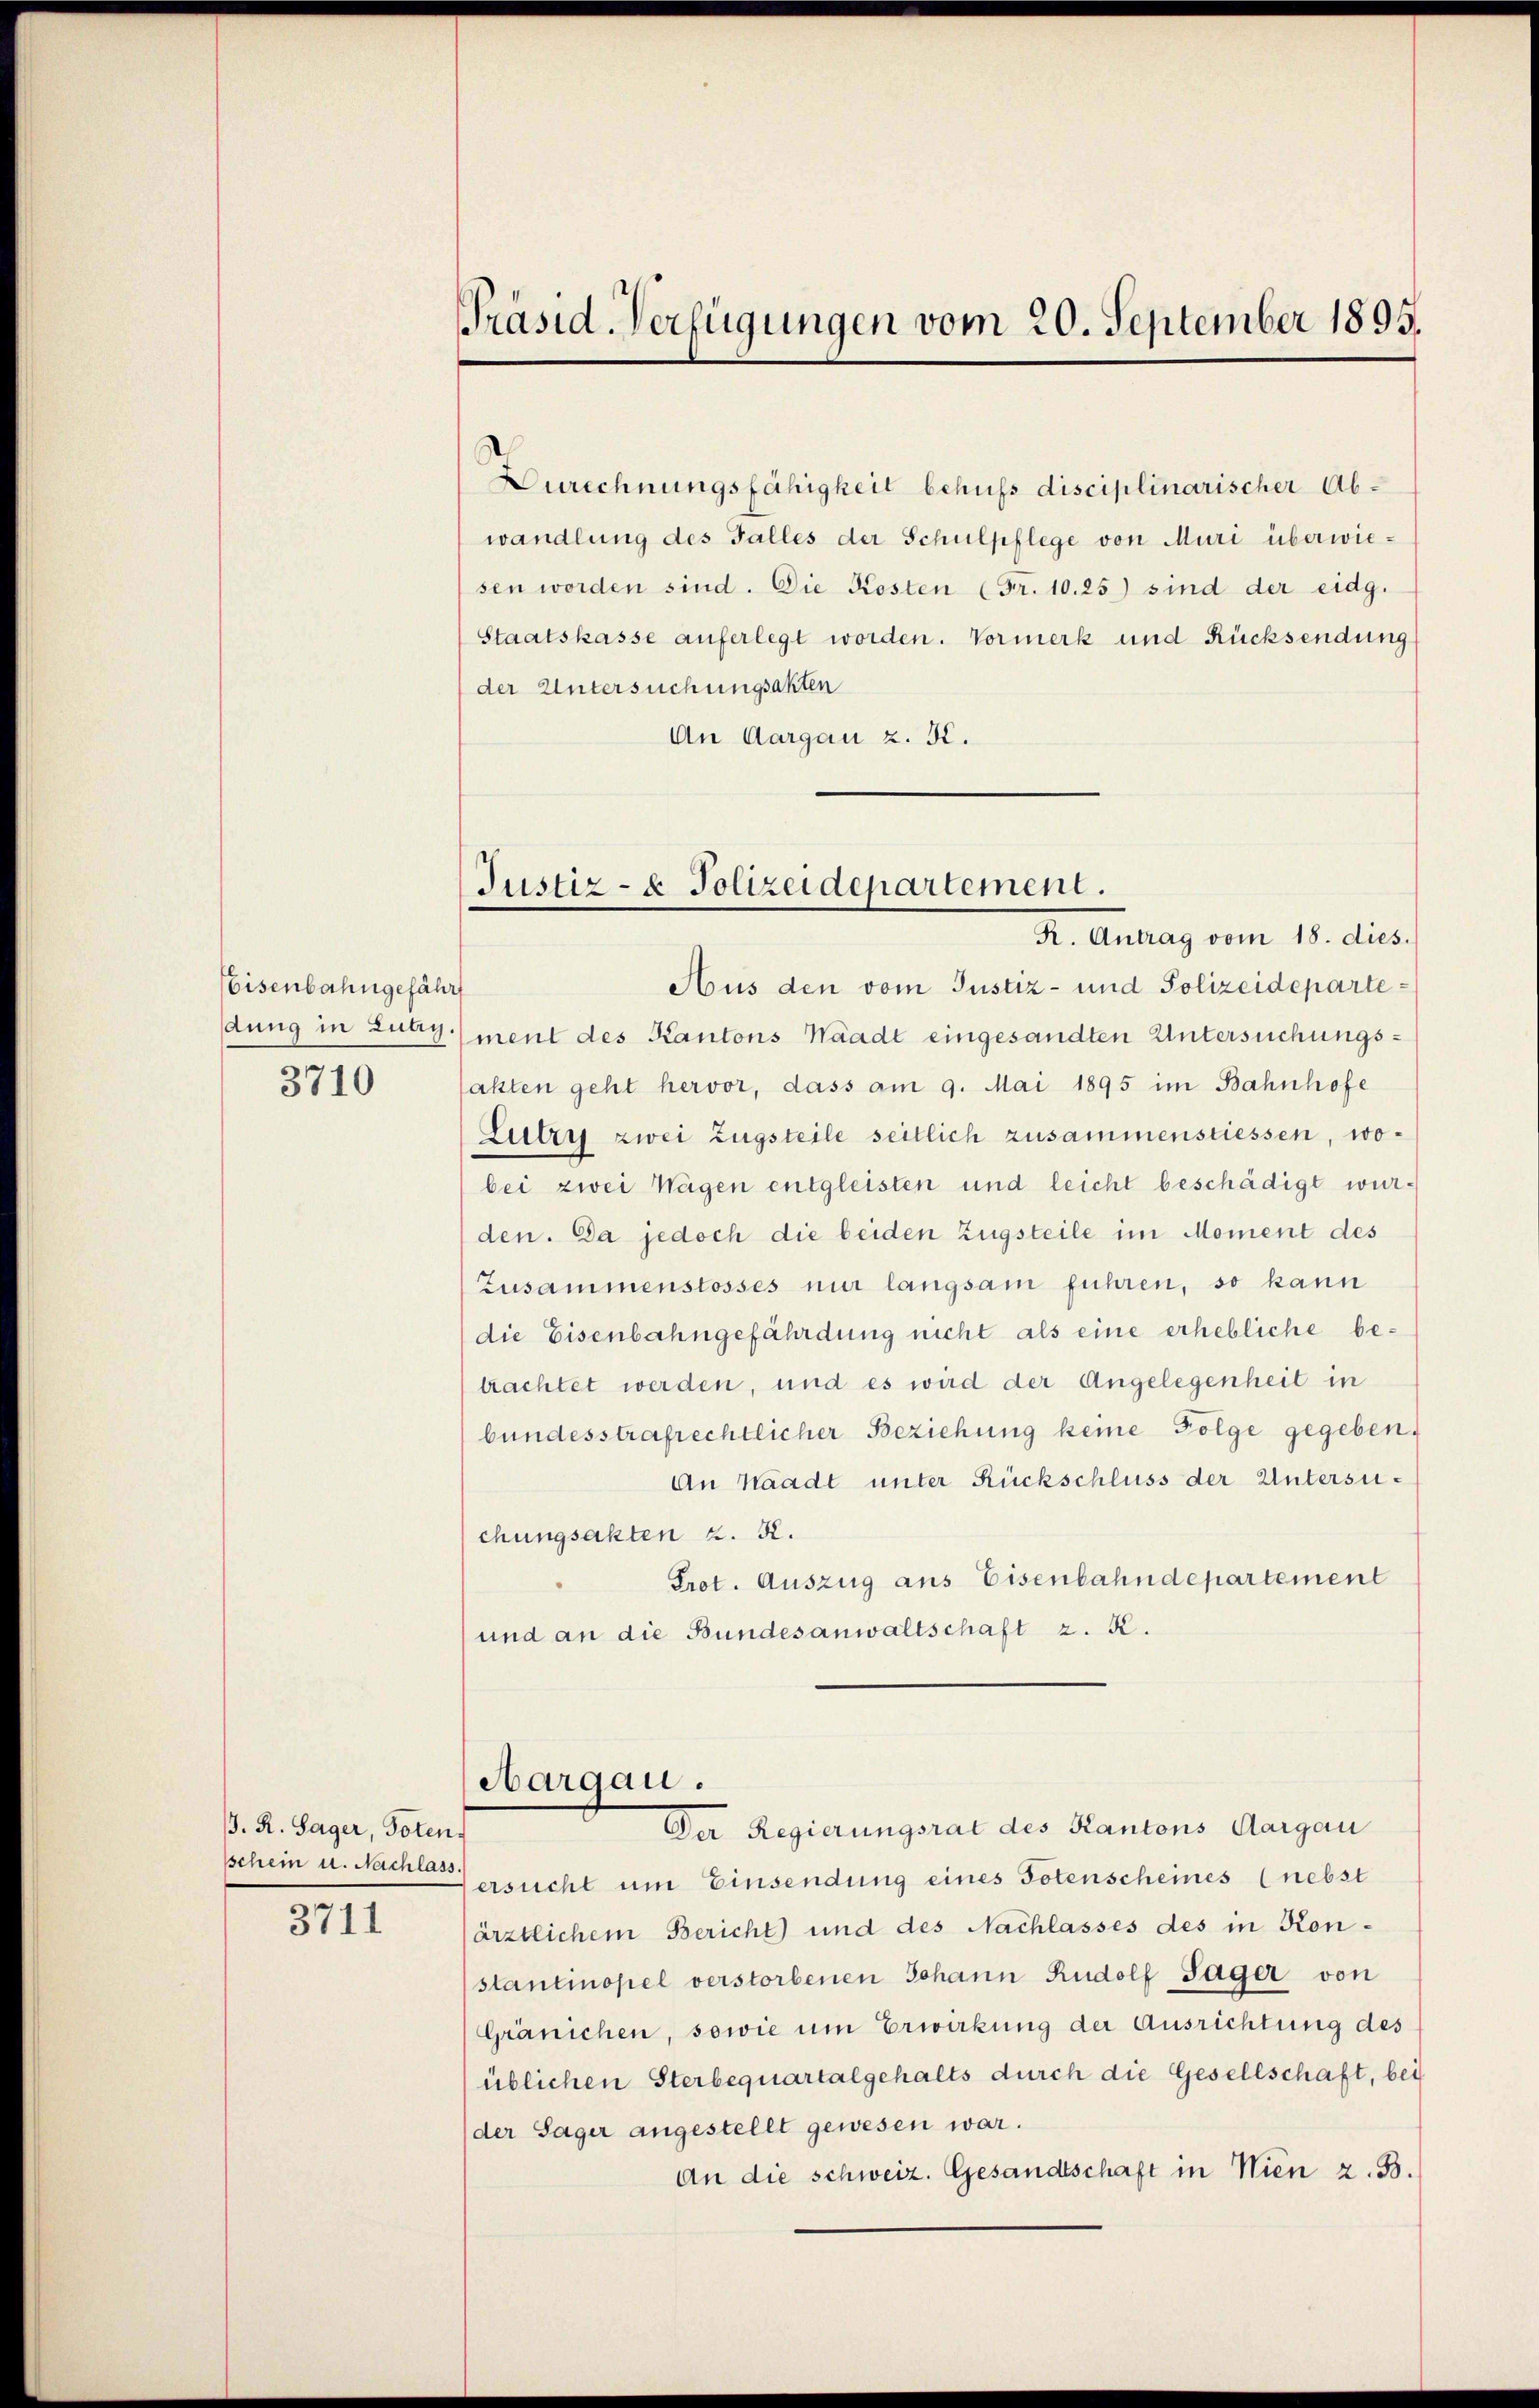
Eisenbahngefährt
3710

3. R. Sager, Toten.
sschein u. Nachlass.
3711

Präsid. Verfügungen vom 20. September 1895.

Durechnungsfähigkeit behufs disciplinarischer Abwandlung des Falles der Schulpflege von Muri überwiesen worden sind. Die Kosten (Fr. 10. 25) sind der eidg.
Staatskasse auferlegt worden. Vormerk und Rücksendung
der Untersuchungsakten
An Aargau z. B.

Justiz- & Polizeidepartement.

R. Antrag vom 18. dies.
Aus den vom Justiz- und Polizeidepartedung in Lutz, ment des Kantons Waadt eingesandten Untersuchungsakten geht hervor, dass am 9. Mai 1895 im Bahnhofe
Lutzy zwei Zugsteile seitlich zusammenstiessen, wobei zwei Wagen entgleisten und leicht beschädigt wurden. Da jedoch die beiden Zugsteile im Moment des
Zusammenstosses nur langsam führen, so kann
(die Eisenbahngefährdung nicht als eine erhebliche betrachtet werden, und es wird der Angelegenheit in
bundesstrafrechtlicher Beziehung keine Folge gegeben.
An Waadt unter Rückschluss der Untersuchungsakten z. B.
Prot. Auszug ans Eisenbahndepartement
und an die Bundesanwaltschaft z. R.

Aargau.

Der Regierungsrat des Kantons Aargau
fersucht um Einsendung eines Totenscheines (nebst
ärztlichem Bericht) und des Nachlasses des in Konstantinopel verstorbenen Johann Rudolf Sager von
Gränichen, sowie um Erwirkung der Ausrichtung des
üblichen Sterbequartalgehalts durch die Gesellschaft, bei
der Sager angestellt gewesen war.
An die schweiz. Gesandtschaft in Wien z. B.